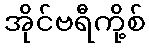
အိုင်ဗရီကို့စ်